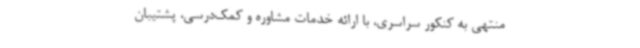
منتهی به کنکور سراسری، با ارائه خدمات مشاوره و کمک‌درسی، پشتیبان